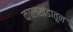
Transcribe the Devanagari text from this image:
कालखंडातून